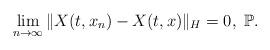
LaTeX: \begin{align*}\lim_{n\rightarrow\infty}\Vert X(t, x_n)-X(t, x)\Vert_H = 0, \ \mathbb{P} .\end{align*}